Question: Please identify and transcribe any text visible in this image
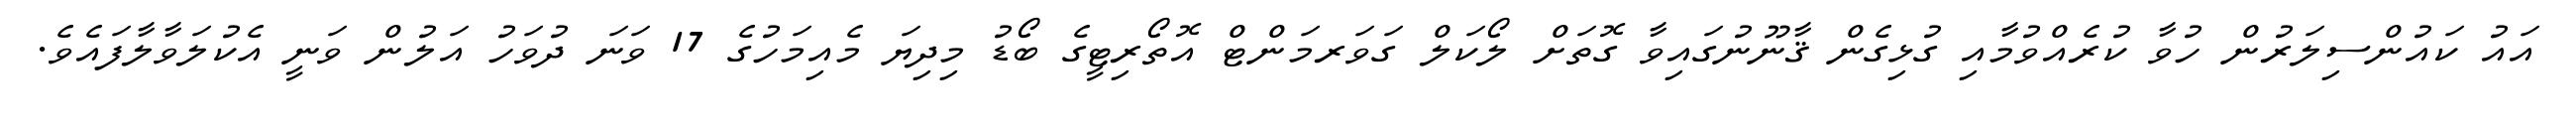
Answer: އައު ކައުންސިލަރުން ހުވާ ކުރެއްވުމާއި ގުޅިގެން ޤާނޫނުގައިވާ ގޮތަށް ލޯކަލް ގަވަރމަންޓް އޮތޯރިޓީގެ ބޯޑު މިދިޔަ މެއިމަހުގެ 17 ވަނަ ދުވަހު އަލުން ވަނީ އެކުލަވާލާފައެވެ.